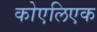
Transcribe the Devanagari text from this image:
कोएलिएक